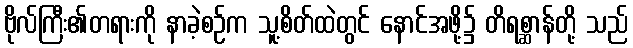
ဗိုလ်ကြီး၏တရားကို နာခဲ့စဉ်က သူ့စိတ်ထဲတွင် နောင်အဖို့၌ တိရစ္ဆာန်တို့ သည်